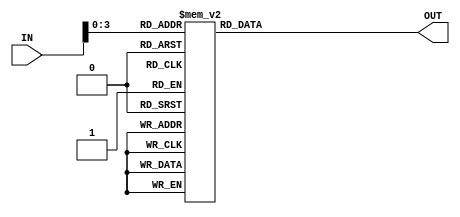
module seven_segment_controller (IN, OUT);
    input [31:0] IN;
    output reg [6:0] OUT;

    always @ (*)
    begin
        case (IN[3:0])
            4'b0000:
                OUT = 7'b1111110;
            
            4'b0001:
                OUT = 7'b0110000;

            4'b0010:
                OUT = 7'b1101101;
            
            4'b0011:
                OUT = 7'b1111001;
            
            4'b0100:
                OUT = 7'b0110011;
            
            4'b0101:
                OUT = 7'b1011011;

            4'b0110:
                OUT = 7'b1011111;
            
            4'b0111:
                OUT = 7'b1110000;

            4'b1000:
                OUT = 7'b1111111;
            
            4'b1001:
                OUT = 7'b1111011;

            default:
                OUT = 7'b0000001;   // In case of overflow, show a "-" character
        endcase
    end
endmodule